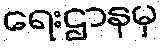
ရေးဌာနမှ